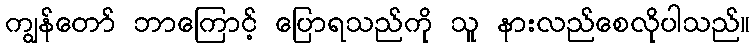
ကျွန်တော် ဘာကြောင့် ပြောရသည်ကို သူ နားလည်စေလိုပါသည်။